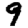
Digit: 9